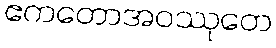
ဧကတောအဝဿုတေ